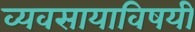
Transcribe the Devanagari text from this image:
व्यवसायाविषयी